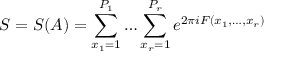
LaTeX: S = S ( A ) = \sum _ { x _ { 1 } = 1 } ^ { P _ { 1 } } \dots \sum _ { x _ { r } = 1 } ^ { P _ { r } } e ^ { 2 \pi i F ( x _ { 1 } , \dots , x _ { r } ) }